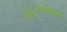
ડોટકોમના